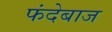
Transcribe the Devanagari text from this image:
फंदेबाज